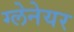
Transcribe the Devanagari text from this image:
ग्लेनेयर